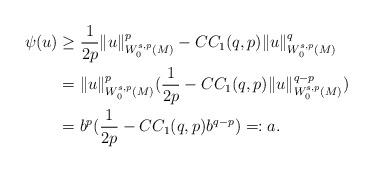
LaTeX: \begin{align*} \psi (u)& \geq \frac{1}{2p} \|u\|^p_{W_0^{s,p}(M)}-C C_{1}(q,p)\|u\|^q_{W_0^{s,p}(M)}\\ &= \|u\|^p_{W_0^{s,p}(M)}(\frac{1}{2p}-C C_{1}(q,p)\|u\|^{q-p}_{W_0^{s,p}(M)})\\ &= b^{p} (\frac{1}{2p}-C C_{1}(q,p)b^{q-p})=:a. \end{align*}